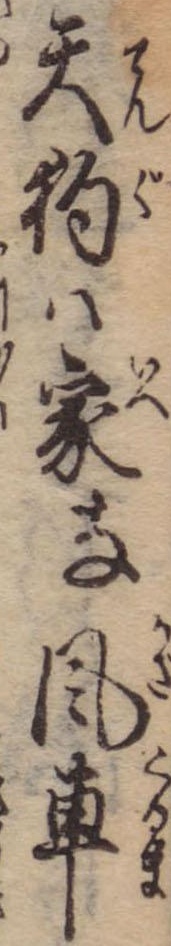
天狗は家な風車